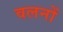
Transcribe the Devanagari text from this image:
वलनों